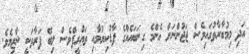
އަދި މިމުބާރާތުގައިވެސް ޖަޖުންނަށް އެންމެ ގިނަބައެއްގެ ފާޑުކިޔުމާއި ތަޢުރީފްވެސް ލިބޭ ފަރާތަކީ ނާޒިމެވެ.